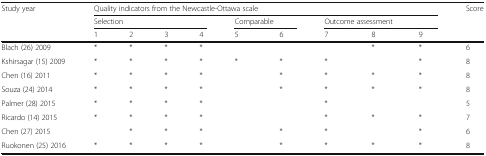
<table><thead><tr><td rowspan="3"><b>Study year</b></td><td colspan="9"><b>Quality indicators from the Newcastle-Ottawa scale</b></td><td rowspan="3"><b>Score</b></td></tr><tr><td colspan="4"><b>Selection</b></td><td colspan="2"><b>Comparable</b></td><td colspan="3"><b>Outcome assessment</b></td></tr><tr><td><b>1</b></td><td><b>2</b></td><td><b>3</b></td><td><b>4</b></td><td><b>5</b></td><td><b>6</b></td><td><b>7</b></td><td><b>8</b></td><td><b>9</b></td></tr></thead><tbody><tr><td>Blach (26) 2009</td><td>*</td><td>*</td><td>*</td><td>*</td><td></td><td></td><td></td><td>*</td><td>*</td><td>6</td></tr><tr><td>Kshirsagar (15) 2009</td><td>*</td><td>*</td><td>*</td><td>*</td><td>*</td><td>*</td><td>*</td><td></td><td>*</td><td>8</td></tr><tr><td>Chen (16) 2011</td><td>*</td><td>*</td><td>*</td><td>*</td><td></td><td>*</td><td>*</td><td>*</td><td>*</td><td>8</td></tr><tr><td>Souza (24) 2014</td><td>*</td><td>*</td><td>*</td><td>*</td><td></td><td>*</td><td>*</td><td>*</td><td>*</td><td>8</td></tr><tr><td>Palmer (28) 2015</td><td>*</td><td>*</td><td>*</td><td>*</td><td></td><td></td><td>*</td><td></td><td></td><td>5</td></tr><tr><td>Ricardo (14) 2015</td><td>*</td><td>*</td><td>*</td><td>*</td><td></td><td></td><td>*</td><td>*</td><td>*</td><td>7</td></tr><tr><td>Chen (27) 2015</td><td></td><td>*</td><td>*</td><td>*</td><td></td><td>*</td><td>*</td><td></td><td>*</td><td>6</td></tr><tr><td>Ruokonen (25) 2016</td><td>*</td><td>*</td><td>*</td><td>*</td><td></td><td>*</td><td>*</td><td>*</td><td>*</td><td>8</td></tr></tbody></table>